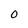
Character: O